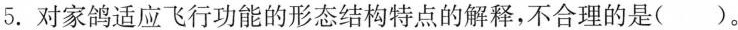
5.对家鸽适应飞行功能的形态结构特点的解释，不合理的是( )。